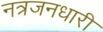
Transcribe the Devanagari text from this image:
नत्रजनधारी